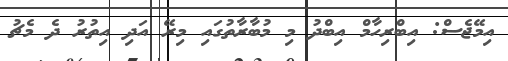
އިމޭޖެސް: އިބްރިހާމް އިބްދު މި މުބާރާތުގައި މިރޭ އަދި އިތުރު ދެ މެޗު